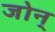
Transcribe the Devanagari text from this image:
जोन्